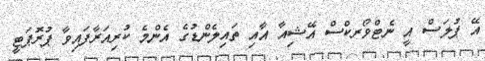
އޭ ޕުލަސް އީ ނެޓްވޯރކްސް އޭޝިއާ އާއި ތައިލެންޑުގެ އެންމެ ކުރިއަރާފައިވާ ޕުރޮޕަޓީ